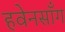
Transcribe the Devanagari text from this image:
हवेनसाँग